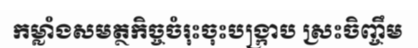
កម្លាំងសមត្ថកិច្ចចំរុះចុះបង្ក្រាប ស្រះចិញ្ចឹម